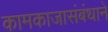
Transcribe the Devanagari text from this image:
कामकाजासंबंधाने